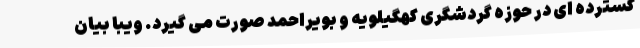
گسترده ای در حوزه گردشگری کهگیلویه و بویراحمد صورت می گیرد. ویبا بیان